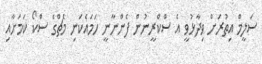
ސަލީމް އިތުރަށް ވިދާޅުވީ އެ ސްކްރީނުން ފެންނާނީ ހަމައެކަނި މެޗްގެ ސްކޯ ކަމަށާއި